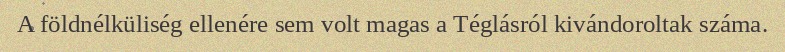
A földnélküliség ellenére sem volt magas a Téglásról kivándoroltak száma.